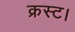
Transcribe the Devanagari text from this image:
क्रस्ट।